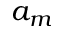
a _ { m }